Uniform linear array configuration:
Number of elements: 12
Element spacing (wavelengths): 1
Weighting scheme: hann
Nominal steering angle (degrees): -15
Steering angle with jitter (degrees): -14.724
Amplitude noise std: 0.05
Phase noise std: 0.05

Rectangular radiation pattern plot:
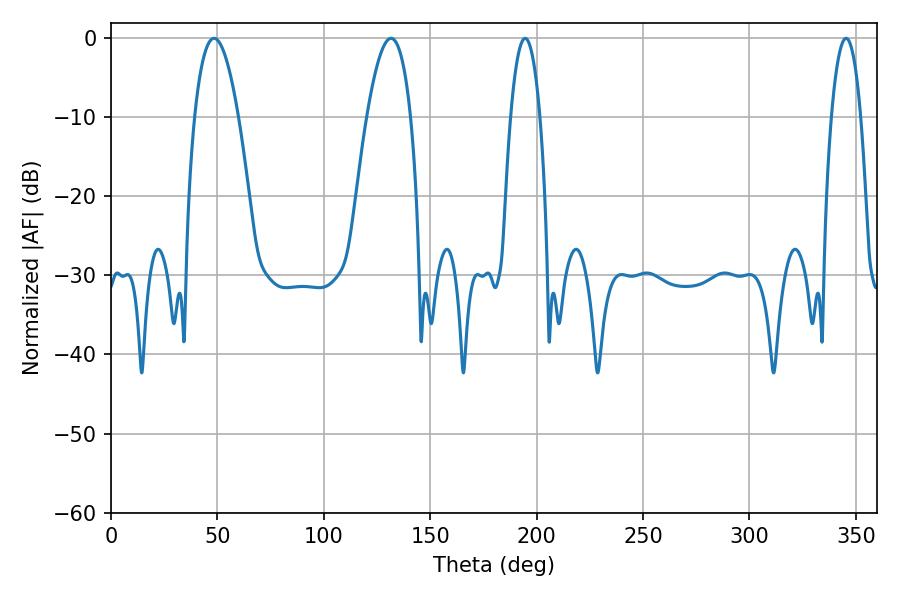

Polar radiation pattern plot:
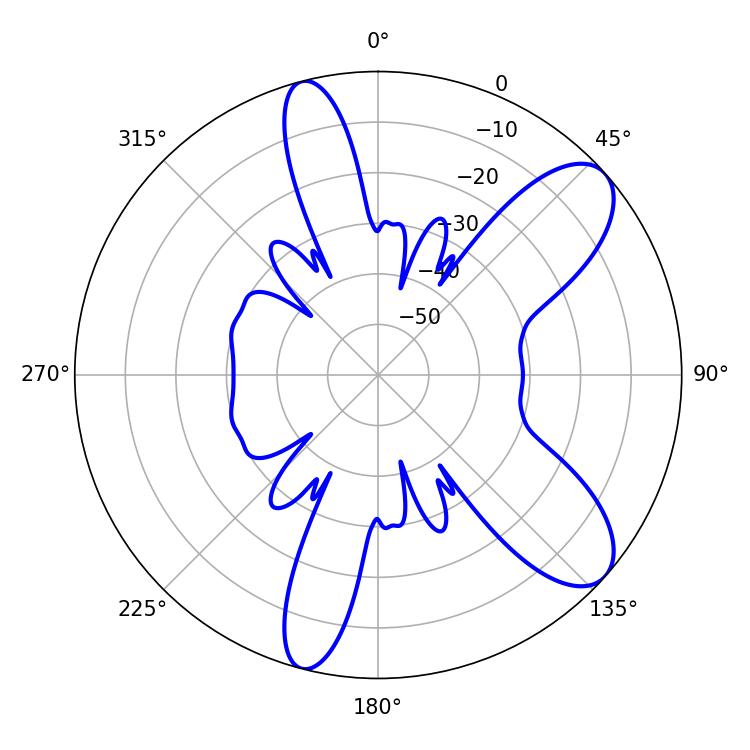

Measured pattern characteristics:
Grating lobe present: TRUE
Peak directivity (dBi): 9.073
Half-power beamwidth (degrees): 11.34
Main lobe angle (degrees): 48.42